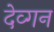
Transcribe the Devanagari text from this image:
देव्गन